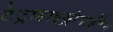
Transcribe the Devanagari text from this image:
टेट्राहाइड्रोपाईरेन